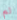
لم